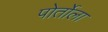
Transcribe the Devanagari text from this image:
पोर्तोला